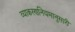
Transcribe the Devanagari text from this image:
व्याकरणनियमानुसारी